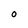
Character: O